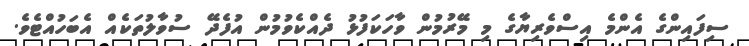
ސިފައިންގެ އެންމެ އިސްވެރިޔާގެ މި މޭރުމުން ވާހަކަފުޅު ދެއްކެވުމުން އުފެދޭ ސުވާލުތަކެއް އެބަހުއްޓެވެ.